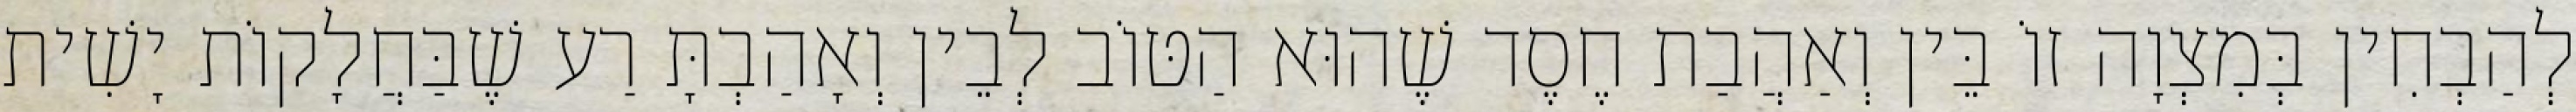
לְהַבְחִין בְּמִצְוָה זוֹ בֵּין וְאַהֲבַת חֶסֶד שֶׁהוּא הַטּוֹב לְבֵין וְאָהַבְתָּ רַע שֶׁבַּחֲלָקוֹת יָשִׁית